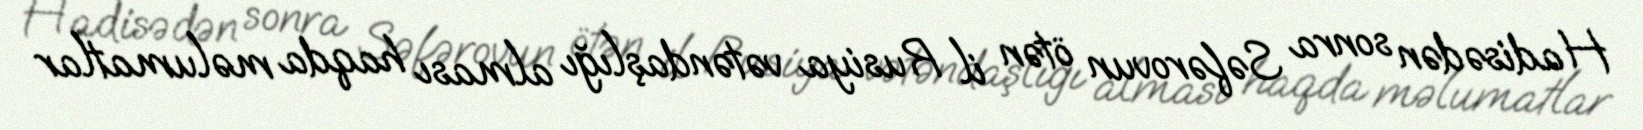
Hadisədən sonra Səfərovun ötən il Rusiya vətəndaşlığı alması haqda məlumatlar